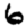
Digit: 6